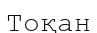
Тоқан